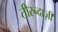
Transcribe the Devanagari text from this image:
तीरन्दाज़ी